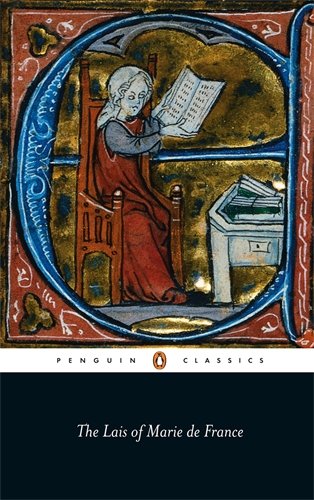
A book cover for The Lais of Marie de France (Penguin Classics); Marie de France; Literature & Fiction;